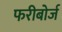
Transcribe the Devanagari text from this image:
फरीबोर्ज